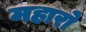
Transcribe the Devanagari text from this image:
महारो